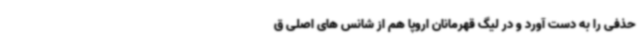
حذفی را به دست آورد و در لیگ قهرمانان اروپا هم از شانس های اصلی ق